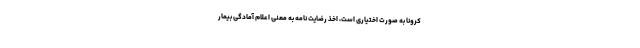
کرونا به صورت اختیاری است، اخذ رضایت نامه به معنی اعلام آمادگی بیمار